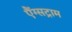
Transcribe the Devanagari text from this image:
एैंग्सट्राम